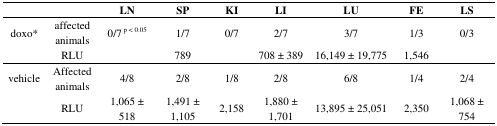
<table><thead><tr><td></td><td></td><td><b>LN</b></td><td><b>SP</b></td><td><b>KI</b></td><td><b>LI</b></td><td><b>LU</b></td><td><b>FE</b></td><td><b>LS</b></td></tr></thead><tbody><tr><td rowspan="2">doxo*</td><td>affected animals</td><td>0/7 <sup>p &lt; 0.05</sup></td><td>1/7</td><td>0/7</td><td>2/7</td><td>3/7</td><td>1/3</td><td>0/3</td></tr><tr><td>RLU</td><td></td><td>789</td><td></td><td>708 ± 389</td><td>16,149 ± 19,775</td><td>1,546</td><td></td></tr><tr><td rowspan="2">vehicle</td><td>Affected animals</td><td>4/8</td><td>2/8</td><td>1/8</td><td>2/8</td><td>6/8</td><td>1/4</td><td>2/4</td></tr><tr><td>RLU</td><td>1,065 ± 518</td><td>1,491 ± 1,105</td><td>2,158</td><td>1,880 ± 1,701</td><td>13,895 ± 25,051</td><td>2,350</td><td>1,068 ± 754</td></tr></tbody></table>